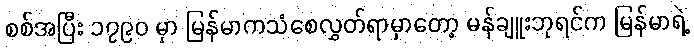
စစ်အပြီး ၁၇၉၀ မှာ မြန်မာကသံစေလွှတ်ရာမှာတော့ မန်ချူးဘုရင်က မြန်မာရဲ့